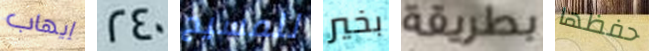
إيهاب 240 للمسيح بخير بطريقة حفظها